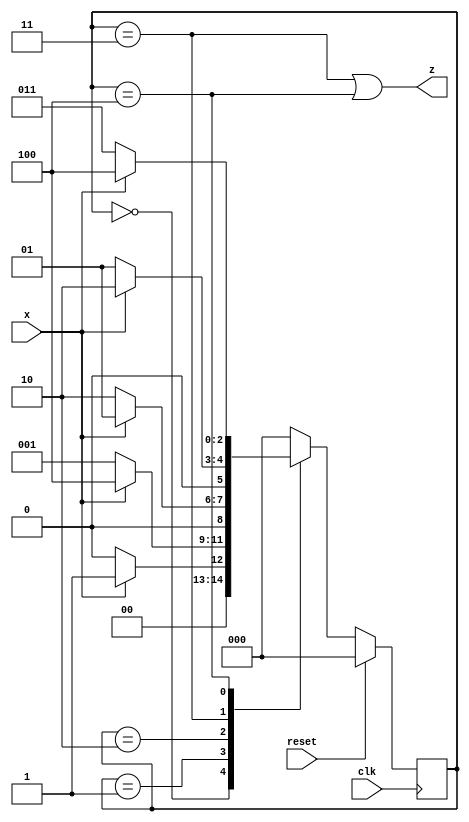
module top_module (
    input                   clk     ,
    input                   reset   ,
    input                   x       ,
    output                  z
);

    parameter   A = 0,
                B = 1,
                C = 2,
                D = 3,
                E = 4;

    reg             [2 : 0] curr_state, next_state;

    always @ (posedge clk) begin
        if (reset)  curr_state <= A;
        else        curr_state <= next_state;
    end

    always @ (*) begin
        case (curr_state)
            A       :   next_state = x ? B : A;
            B       :   next_state = x ? E : B;
            C       :   next_state = x ? B : C;
            D       :   next_state = x ? C : B;
            E       :   next_state = x ? E : D;
            default :   next_state = A;
        endcase
    end

    assign z = (curr_state == D) | (curr_state == E);

endmodule